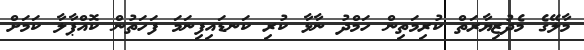
މާލޭގެ މެދުޒިޔާރަތް ކުރިމަތިން ހަމްދު ނާޅާ ކުރި ކަނޑައިފިނަމަ ފަހަތުން ކޮއްޕާލާ ކަމަށް